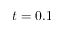
t = 0 . 1